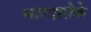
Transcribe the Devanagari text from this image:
भारदारोके